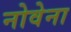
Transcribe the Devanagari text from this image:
नोवेना